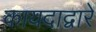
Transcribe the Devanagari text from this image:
कायदाद्वारे